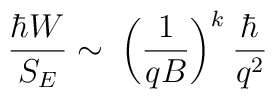
\frac{\hbar W}{S_E}\sim\; \biggl(\frac{1}{qB}\biggr)^k \:\frac{\hbar}{q^2}